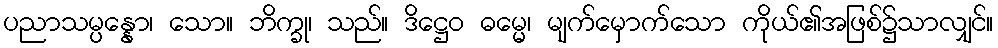
ပညာသမ္ပန္နော၊ သော။ ဘိက္ခု၊ သည်။ ဒိဋ္ဌေဝ ဓမ္မေ၊ မျက်မှောက်သော ကိုယ်၏အဖြစ်၌သာလျှင်။